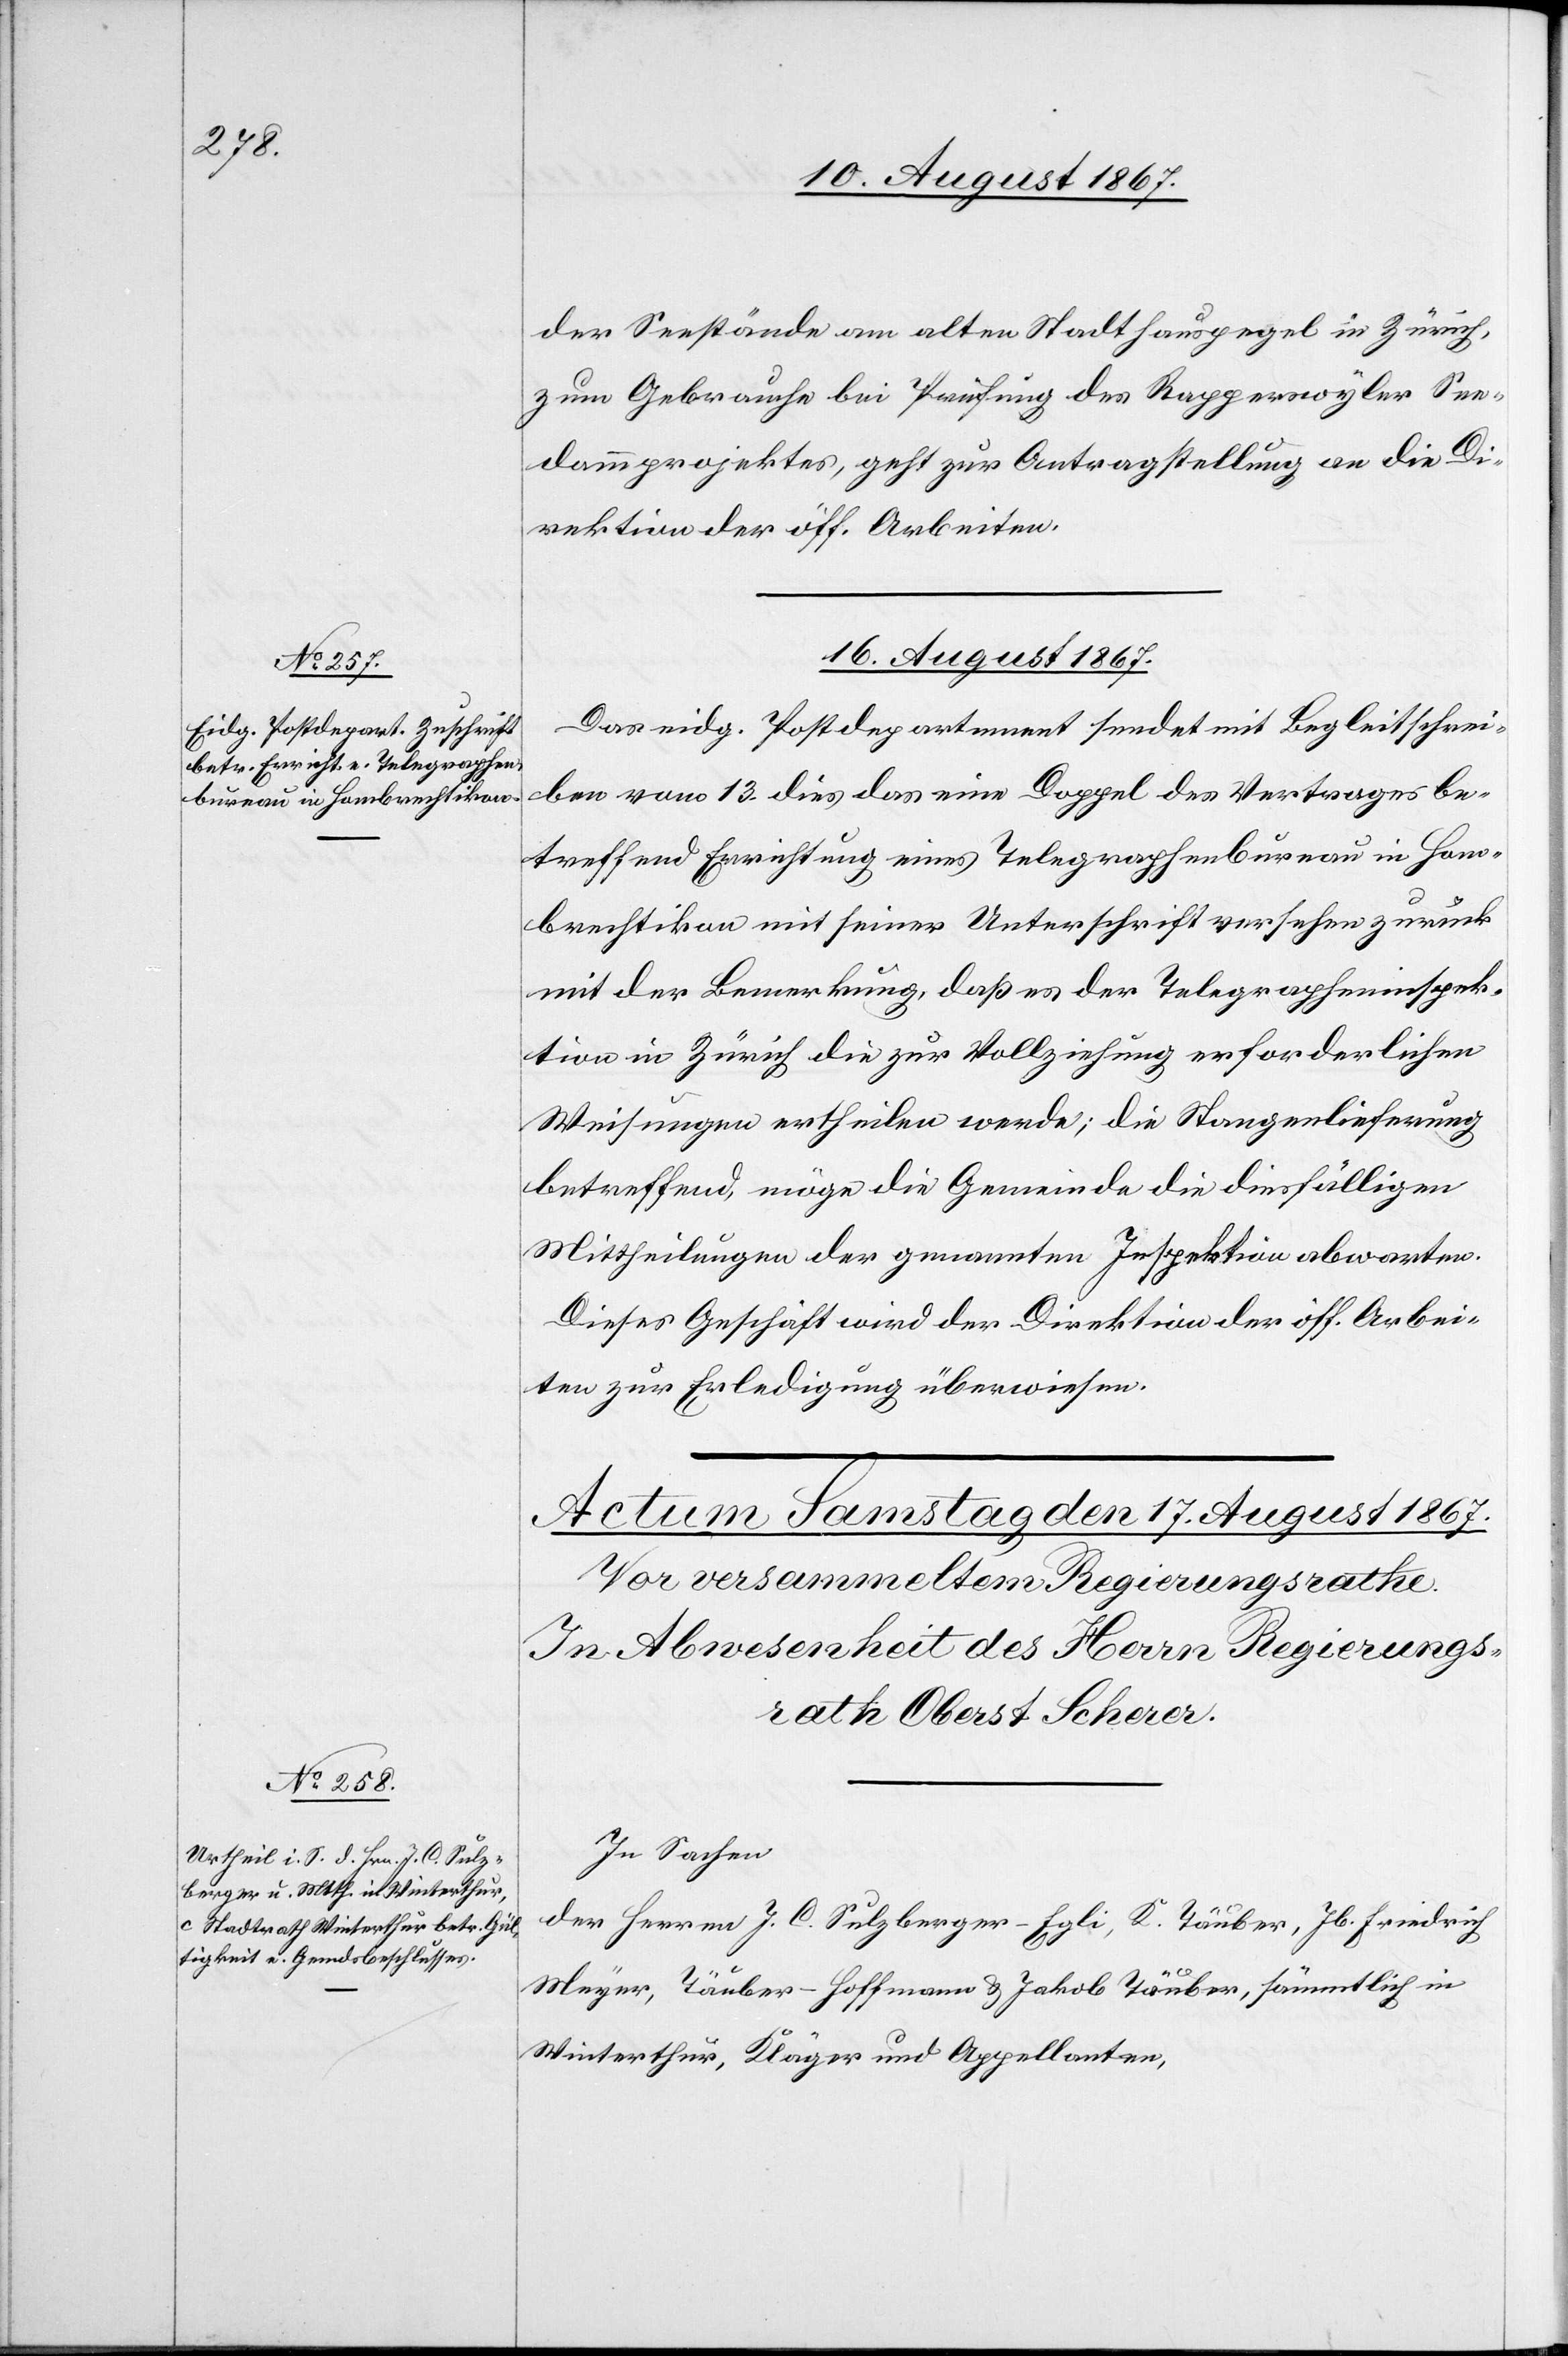
der Seestände am alten Stadthauspegel in Zürich,
zum Gebrauche bei Prüfung des Rapperswyler See¬
dammprojektes, geht zur Antragstellung an die D¬
irektion der öff. Arbeiten.
16. August 1867.
Das eidg. Postdepartement sendet mit Begleitschrei¬
ben vom 13. dies das eine Doppel des Vertrages be¬
treffend Errichtung eines Telegraphenbureau in Hom¬
brechtikon mit seiner Unterschrift versehen zurück
mit der Bemerkung, daß es der Telegrapheninspek¬
tion in Zürich die zur Vollziehung erforderlichen
Weisungen ertheilen werden; die Stangenlieferung
betreffend möge die Gemeinde die diesfälligen
Mittheilungen der genannten Inspektion abwarten.
Dieses Geschäft wird der Direktion der öff. Arbei¬
ten zur Erledigung überiwesen.